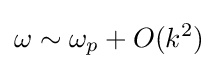
\omega \sim \omega _{p}+O(k^{2})